Sketch of the medical history of the native army of Bombay, for the year
Year: 1876
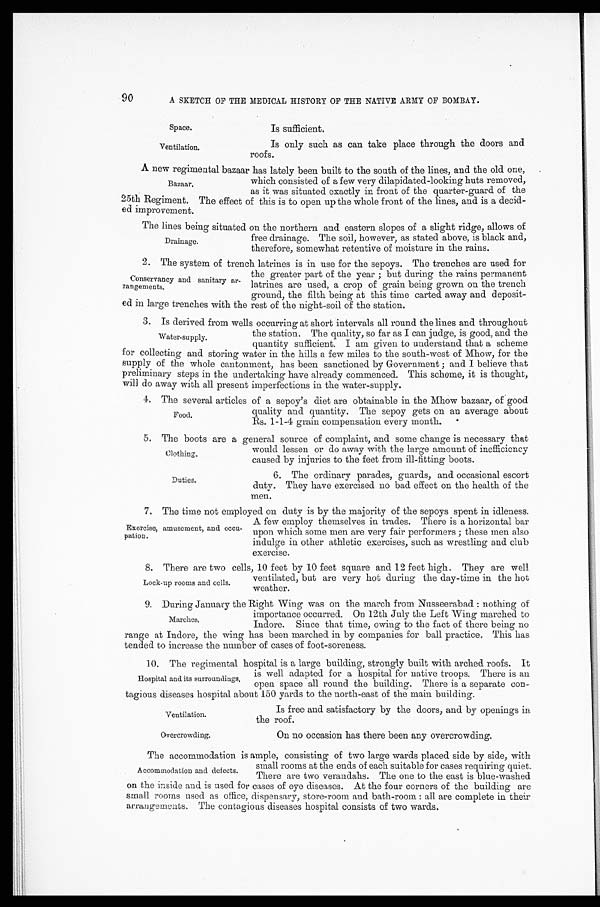
Space.
Ventilation.
C l o t h i n g .
Duties.
Ventilation.
Overcrowding.
90
A SKETCH OF THE MEDICAL HISTORY OF THE NATIVE ARMY OF BOMBAY.
Is sufficient.
Is only such as can take place through the doors and
roofs.
A new regimental bazaar has lately been built to the south of the lines, and the old one,
which consisted of a few very dilapidated-looking huts removed,
as it was situated exactly in front of the quarter-guard of the
25th Regiment. The effect of this is to open up the whole front of the lines, and is a decid
-
ed improvement.
The lines being situated on the northern and eastern slopes of a slight ridge, allows of
free drainage. The soil, however, as stated above, is black and,
therefore, somewhat retentive of moisture in the rains.
2. The system of trench latrines is in use for the sepoys. The trenches are used for
the greater part of the year; but during the rains permanent
latrines are used, a crop of grain being grown on the trench
ground, the filth being at this time carted away and deposit
-
ed in large trenches with the rest of the night-soil of the station.
3. Is derived from wells occurring at short intervals all round the lines and throughout
the station. The quality, so far as I can judge, is good, and the
quantity sufficient. I am given to understand that a scheme
for collecting and storing water in the hills a few miles to the south-west of Mhow, for the
supply of the whole cantonment, has been sanctioned by Government; and I believe that
preliminary steps in the undertaking have already commenced. This scheme, it is thought,
will do away with all present imperfections in the water-supply.
4. The several articles of a sepoy's diet are obtainable in the Mhow bazaar, of good
quality and quantity. The sepoy gets on an average about
Rs. 1-1-4 grain compensation every month.
5. The boots are a general source of complaint, and some change is necessary that
would lessen or do away with the large amount of inefficiency
caused by injuries to the feet from ill-fitting boots.
6. The ordinary parades, guards, and occasional escort
duty. They have exercised no bad effect on the health of the
men.
7. The time not employed on duty is by the majority of the sepoys spent in idleness.
A few employ themselves in trades. There is a horizontal bar
upon which some men are very fair performers; these men also
indulge in other athletic exercises, such as wrestling and club
exercise.
8. There are two cells, 10 feet by 10 feet square and 12 feet high. They are well
ventilated, but are very hot during the day-time in the hot
weather.
9. During January the Right Wing was on the march from Nusseerabad: nothing of
importance occurred. On 12th July the Left Wing marched to
Indore. Since that time, owing to the fact of there being no
range at Indore, the wing has been marched in by companies for ball practice. This has
tended to increase the number of cases of foot-soreness.
10. The regimental hospital is a large building, strongly built with arched roofs. It
is well adapted for a hospital for native troops. There is an
open space all round the building. There is a separate con
-
tagious diseases hospital about 150 yards to the north-east of the main building.
Bazaar.
Drainage.
Conservancy and sanitary ar
-
rangements.
Water-supply.
Food.
Exercise, amusement, and occu
-
pation.
Lock-up rooms and cells.
Marches.
Hospital and its surroundings.
Is free and satisfactory by the doors, and by openings in
the roof.
On no occasion has there been any overcrowding.
The accommodation is ample, consisting of two large wards placed side by side, with
small rooms at the ends of each suitable for cases requiring quiet.
There are two verandahs. The one to the east is blue-washed
on the inside and is used for cases of eye diseases. At the four corners of the building are
small rooms used as office, dispensary, store-room and bath-room: all are complete in their
arrangements. The contagious diseases hospital consists of two wards.
Accommodation and defects.